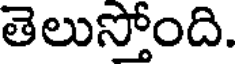
తెలుస్తోంది.